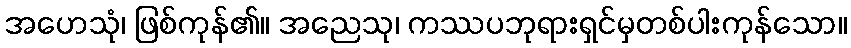
အဟေသုံ၊ ဖြစ်ကုန်၏။ အညေသု၊ ကဿပဘုရားရှင်မှတစ်ပါးကုန်သော။